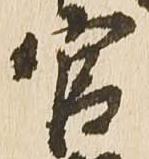
官